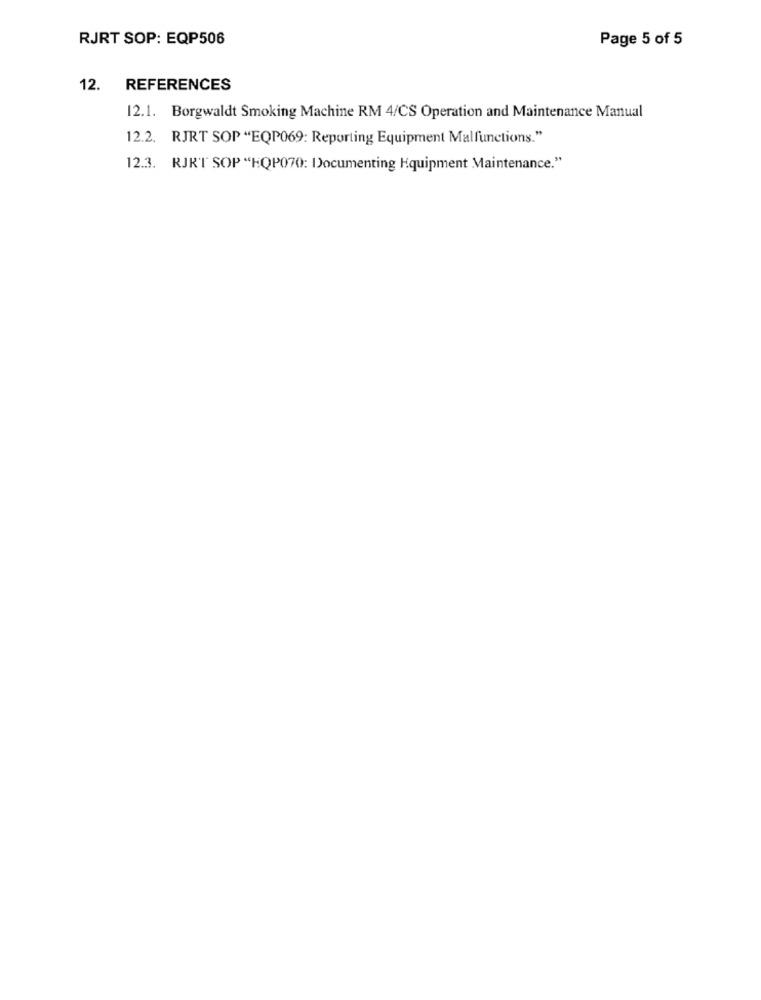
RJRT SOP: EQP506
Page 5 of 5
12.
REFERENCES
12.1. Borgwaldt Smoking Machine RM 4/CS Operation and Maintenance Manual
12.2. RJRT SOP "EQP069: Reporting Equipment Malfunctions."
12.3. RJRT SOP "HOP070: Documenting Equipment Maintenance."